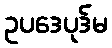
ဥပဒေပုဒ်မ